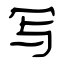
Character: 写